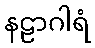
နဠာဂါရံ